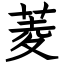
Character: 菱